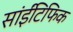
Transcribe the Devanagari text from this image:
सांईंटिफिक